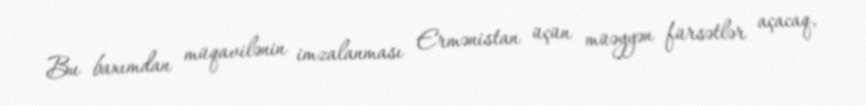
Bu baxımdan müqavilənin imzalanması Ermənistan üçün müəyyən fürsətlər açacaq,